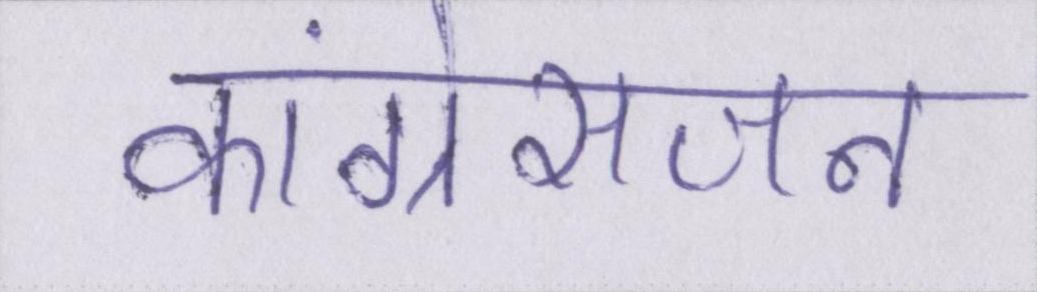
कांग्रेसजन